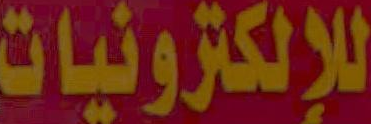
للإلكترونيات